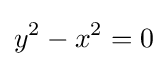
y^{2}-x^{2}=0